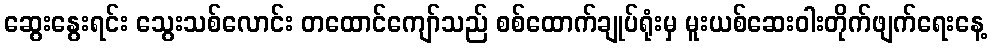
ဆွေးနွေးရင်း သွေးသစ်လောင်း တထောင်ကျော်သည် စစ်ထောက်ချုပ်ရုံးမှ မူးယစ်ဆေးဝါးတိုက်ဖျက်ရေးနေ့